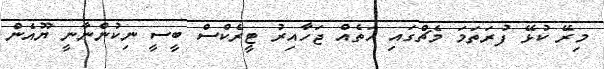
މިރޭ ކުޅޭ ފުރަތަމަ މެޗްގައި ހަތެއް ޖަހާއިރު ޓީރެކްސް ބީސީ ނިކުންނާނީ ޔޫއެން